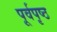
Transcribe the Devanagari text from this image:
पूर्वपृष्ठ